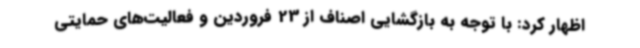
اظهار کرد: با توجه به بازگشایی اصناف از 23 فروردین و فعالیت‌های حمایتی